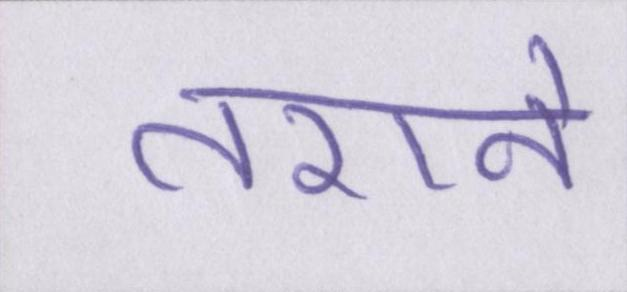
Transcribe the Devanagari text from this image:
तराने